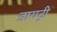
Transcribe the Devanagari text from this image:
डायट्री